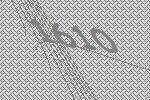
1610